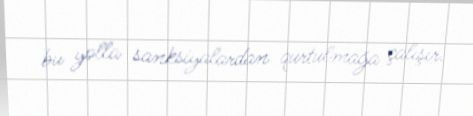
bu yolla sanksiyalardan qurtulmağa çalışır.